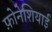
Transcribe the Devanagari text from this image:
फ़ोनेशियाई